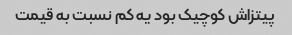
پیتزاش کوچیک بود یه کم نسبت به قیمت